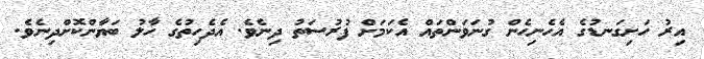
އިރު ހަށިގަނޑުގެ އެހެނިހެން ގުނަވަންތައް އެކަމަށް ފުރުސަތު ދިނެވެ. އެދެހިތުގެ ހާލު ބަޔާންކޮށްދިނެވެ.